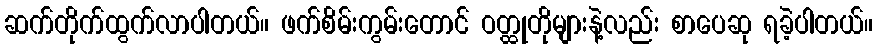
ဆက်တိုက်ထွက်လာပါတယ်။ ဖက်စိမ်းကွမ်းတောင် ဝတ္ထုတိုများနဲ့လည်း စာပေဆု ရခဲ့ပါတယ်။